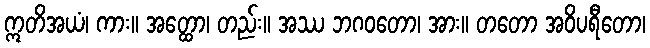
ဣတိအယံ၊ ကား။ အတ္ထော၊ တည်း။ အဿ ဘဂဝတော၊ အား။ တတော အဝိပရီတော၊